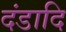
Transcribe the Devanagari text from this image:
दंडादि